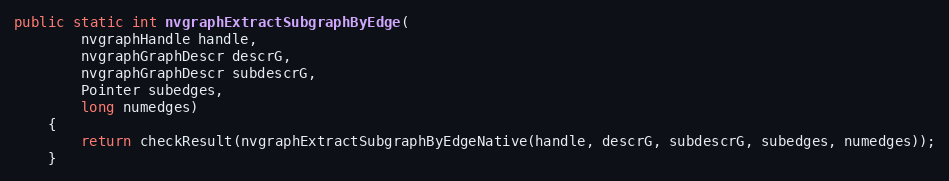
Language: Java
public static int nvgraphExtractSubgraphByEdge(
        nvgraphHandle handle,
        nvgraphGraphDescr descrG,
        nvgraphGraphDescr subdescrG,
        Pointer subedges,
        long numedges)
    {
        return checkResult(nvgraphExtractSubgraphByEdgeNative(handle, descrG, subdescrG, subedges, numedges));
    }